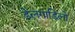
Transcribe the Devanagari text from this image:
डेलगाडिलो